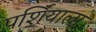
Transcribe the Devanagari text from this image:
पर्शियाला